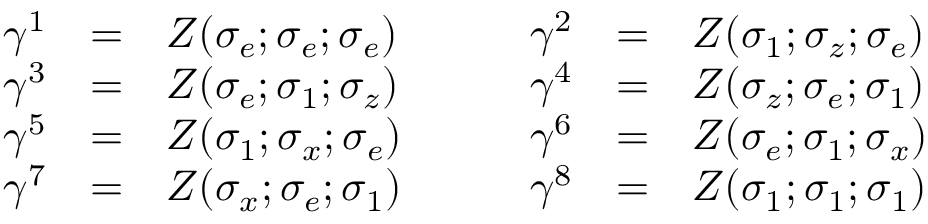
\begin{array} { l c l c l c l } { { \gamma ^ { 1 } } } & { { = } } & { { Z ( \sigma _ { e } ; \sigma _ { e } ; \sigma _ { e } ) } } & { { \quad } } & { { \gamma ^ { 2 } } } & { { = } } & { { Z ( \sigma _ { 1 } ; \sigma _ { z } ; \sigma _ { e } ) } } \\ { { \gamma ^ { 3 } } } & { { = } } & { { Z ( \sigma _ { e } ; \sigma _ { 1 } ; \sigma _ { z } ) } } & { { \quad } } & { { \gamma ^ { 4 } } } & { { = } } & { { Z ( \sigma _ { z } ; \sigma _ { e } ; \sigma _ { 1 } ) } } \\ { { \gamma ^ { 5 } } } & { { = } } & { { Z ( \sigma _ { 1 } ; \sigma _ { x } ; \sigma _ { e } ) } } & { { \quad } } & { { \gamma ^ { 6 } } } & { { = } } & { { Z ( \sigma _ { e } ; \sigma _ { 1 } ; \sigma _ { x } ) } } \\ { { \gamma ^ { 7 } } } & { { = } } & { { Z ( \sigma _ { x } ; \sigma _ { e } ; \sigma _ { 1 } ) } } & { { \quad } } & { { \gamma ^ { 8 } } } & { { = } } & { { Z ( \sigma _ { 1 } ; \sigma _ { 1 } ; \sigma _ { 1 } ) } } \end{array}